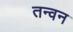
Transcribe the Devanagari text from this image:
तन्वन